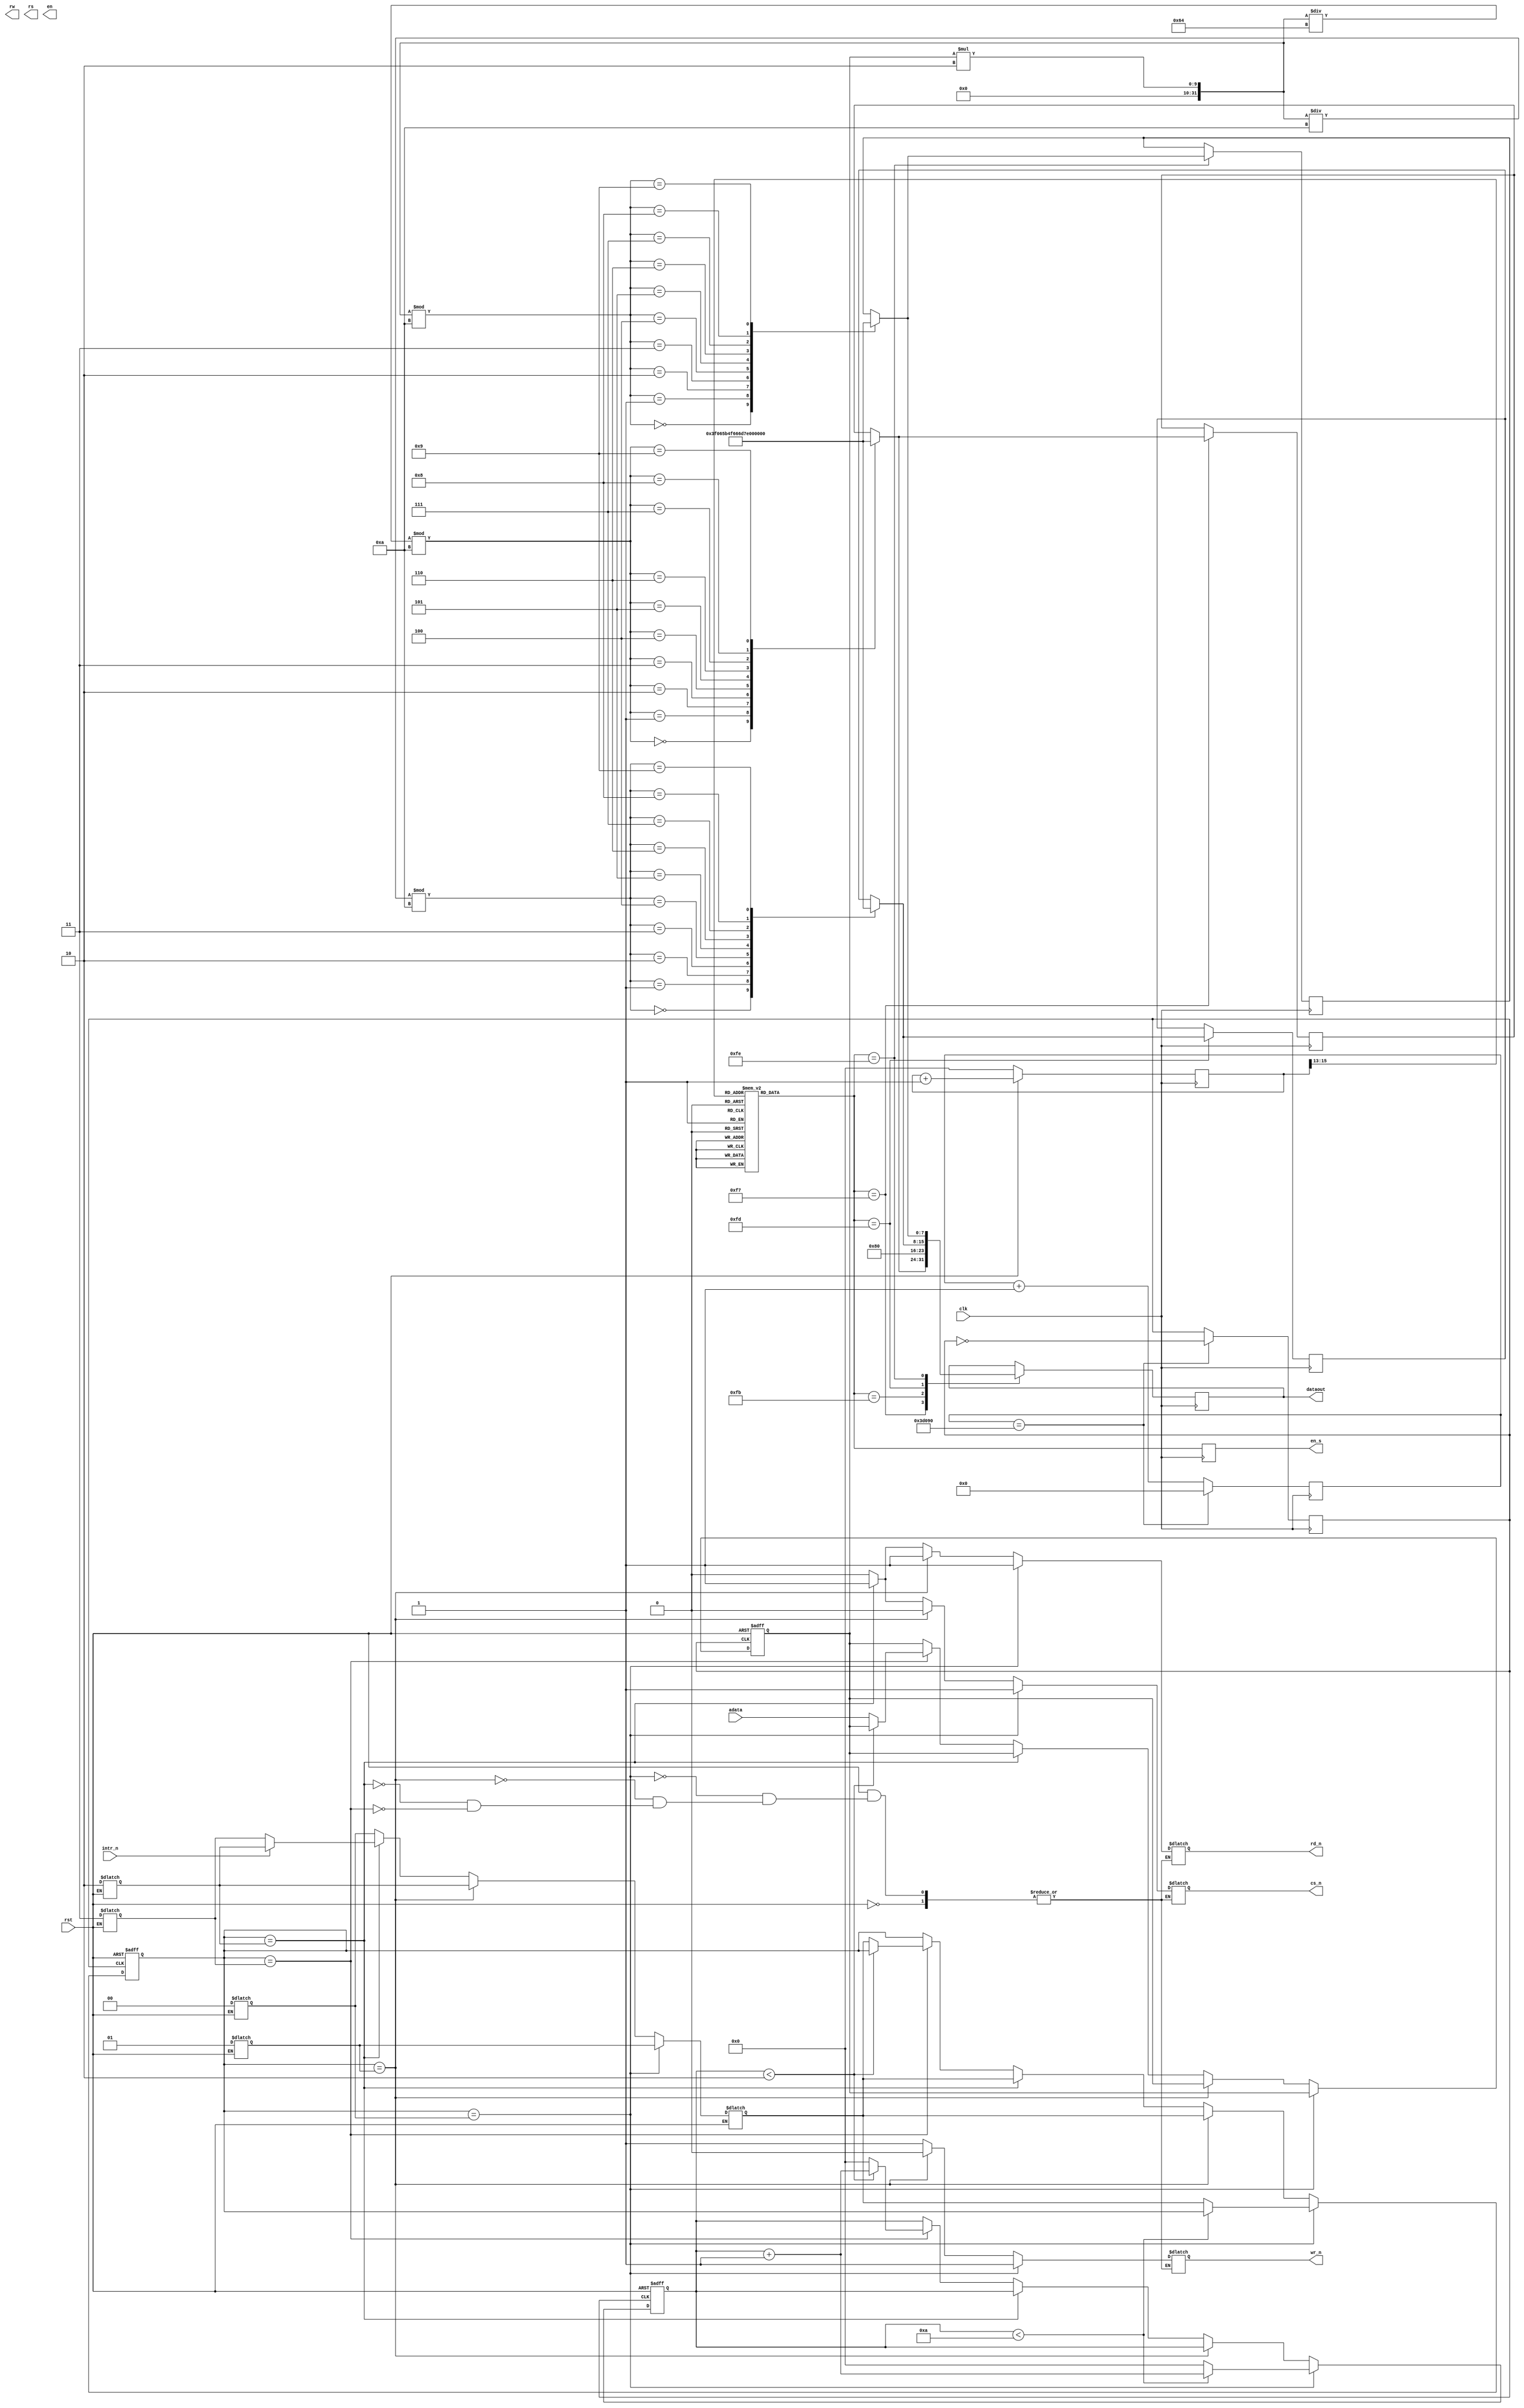
module exam4(rst,clk,rw,rs,en,intr_n,cs_n,rd_n,wr_n,adata,dataout,en_s);
 output cs_n,rd_n,wr_n;
 input clk,rst;
 input[7:0] adata;
 output rs,en,rw;
 input intr_n;
 
 output reg[7:0] dataout; 
 output reg[7:0] en_s; 
 reg[15:0] cnt_scan;
 
 
 reg rs,en_sel;
 reg [7:0] data;
 reg [7:0] shi,fen,miao;
 reg [31:0]count,count1;  
 reg lcd_clk;
 reg [7:0] one_1,one_2,one_3,one_4,one_5,one_6,one_7,one_8,one_9,one_10,one_11,one_12,one_13,one_14,one_15,one_16;
 reg [7:0] two_1,two_2,two_3,two_4,two_5,two_6,two_7,two_8,two_9,two_10,two_11,two_12,two_13,two_14,two_15,two_16;
 reg [7:0] next,xianshi,two;
 reg[1:0] idle,start,start_wait,convert,acurrent_state,anext_state;
 reg[15:0] delay;
 reg cs_n,rd_n,wr_n;
 reg[7:0] data_reg;
 reg read_flag;
 integer xval; 

 
    
   always @ (posedge lcd_clk or negedge rst) begin
              if(!rst) begin
                     acurrent_state <= 0;     
                     delay <= 0;
                     data_reg  <= 0;
                     end
              else begin
                     case(acurrent_state)
                            idle: begin
                             if(delay<10) begin
                               delay <= delay+1; end                                  else begin
                                  acurrent_state <= anext_state;                                    delay <= 0; end
                                          end
                            start:  begin
                                acurrent_state <= anext_state;
                                end
                            start_wait: begin
                               acurrent_state <= anext_state;
                               end
                           convert:  begin
                               if(delay<2) begin
                                 delay <= delay+1; end
                                  else begin
                                    data_reg <= adata;
                                    acurrent_state <= anext_state;
                                    delay <= 0; end
                                    end
                            default: ;
                            endcase
                     end
       end 
   
       always @ (acurrent_state or intr_n or rst) begin
              if(!rst) begin
                     idle <= 0;
                     start <= 1;
                     start_wait <= 2;
                     convert <= 3;      
                     read_flag <= 0;
                    end
              else begin
                     case (acurrent_state)
                            idle: begin
                                   cs_n <= 1;
                                   wr_n <= 1;
                                   rd_n <= 1;
                                   read_flag <= 0;
                                   anext_state <= start; end
                            start: begin
                                   cs_n <= 0;
                                   wr_n <= 0;
                                   rd_n <= 1;
                                   read_flag <= 0;
                                   anext_state <= start_wait; end
                            start_wait: begin
                                   wr_n <= 1;
                                   cs_n <= 1;
                                   rd_n <= 1;
                                   read_flag <= 0;
                         if(!intr_n)       anext_state <= convert;
                           else anext_state <= start_wait;
                                   end
                            convert: begin
                                   cs_n <= 0;
                                   rd_n <= 0;
                                   wr_n <= 1;
                                   read_flag <= 1;
                                  anext_state <= idle; end
                            default: anext_state <= idle;
                            endcase
                     end
       end 
  always @(posedge clk) begin
		if(!rst)cnt_scan<=0;
		else begin cnt_scan<=cnt_scan+1;end
		xval = data_reg*2;
		case(cnt_scan[15:13])
       3'b000 :en_s = 8'b1111_1110;
       3'b001 :en_s = 8'b1111_1101;
       3'b010 :en_s = 8'b1111_1011;
       3'b011 :en_s = 8'b1111_0111;
       3'b100 :en_s = 8'b1110_1111;
       3'b101 :en_s = 8'b1101_1111;
       3'b110 :en_s = 8'b1011_1111;
       3'b111 :en_s = 8'b0111_1111;
		endcase
			
		case(en_s)
		8'b11110111:begin
		xval = xval/100;
		case (xval%10) 
		0 : one_11 = 8'b00111111;
		1 : one_11 = 8'b00000110;
		2 : one_11 = 8'b01011011;
		3 : one_11 = 8'b01001111;
		4 : one_11 = 8'b01100110;
		5 : one_11 = 8'b01101101;
		6 : one_11 = 8'b01111101;
		7 : one_11 = 8'b00000111;
		8 : one_11 = 8'b01111111;
		9 : one_11 = 8'b01101111;
		endcase
		dataout=one_11;
		end
		
		8'b11111011:dataout=8'b10000000;
		
		8'b11111101:begin 
		xval = xval/10;
		case (xval%10) 
		0 : one_13 = 8'b00111111;
		1 : one_13 = 8'b00000110;
		2 : one_13 = 8'b01011011;
		3 : one_13 = 8'b01001111;
		4 : one_13 = 8'b01100110;
		5 : one_13 = 8'b01101101;
		6 : one_13 = 8'b01111101;
		7 : one_13 = 8'b00000111;
		8 : one_13 = 8'b01111111;
		9 : one_13 = 8'b01101111;
		endcase
		dataout=one_13;
		end
	 
		8'b1111_1110:begin 
		case (xval%10) 
		0 : one_14 = 8'b00111111;
		1 : one_14 = 8'b00000110;
		2 : one_14 = 8'b01011011;
		3 : one_14 = 8'b01001111;
		4 : one_14 = 8'b01100110;
		5 : one_14 = 8'b01101101;
		6 : one_14 = 8'b01111101;
		7 : one_14 = 8'b00000111;
		8 : one_14 = 8'b01111111;
		9 : one_14 = 8'b01101111;
		endcase
		dataout=one_14;
		end
	 endcase
end

 always @(posedge clk )  
 begin
  count<=count+1;
  if(count==250000)
  begin
   count<=0;
   lcd_clk<=~lcd_clk;
  end
 end

 always @(posedge clk or negedge rst ) 
 begin
  if(!rst)
  begin
   shi<=0;fen<=0;miao<=0;
   count1<=0;
  end
  else
  begin
   en_sel<=1;
   
   two_7<= (shi/10)+8'b00110000;
   two_8<= (shi%10)+8'b00110000;
   two_10<=(fen/10)+8'b00110000;
   two_11<=(fen%10)+8'b00110000;
   two_13<=(miao/10)+8'b00110000;
   two_14<=(miao%10)+8'b00110000;
   
   count1<=count1+1'b1;
   if(count1==49999999)      
   begin
    count1<=0;
    miao<=miao+1;
    if(miao==59)
    begin
     miao<=0;
     fen<=fen+1;
     if(fen==59)
     begin
      fen<=0;
      shi<=shi+1;
      if(shi==23)
      begin
       shi<=0;
      end
     end
    end
   end
  end   
 end
endmodule